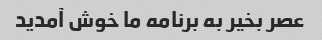
عصر بخیر به برنامه ما خوش آمدید